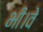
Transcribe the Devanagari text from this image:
भी।वे